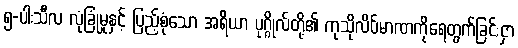
၅-ပါးသီလ လုံခြုံမှုနှင့် ပြည့်စုံသော အရိယာ ပုဂ္ဂိုလ်တို့၏ ကုသိုလိပ်မာဏကိုရေတွက်ခြင်းငှာ